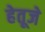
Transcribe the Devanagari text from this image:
हेतूजे